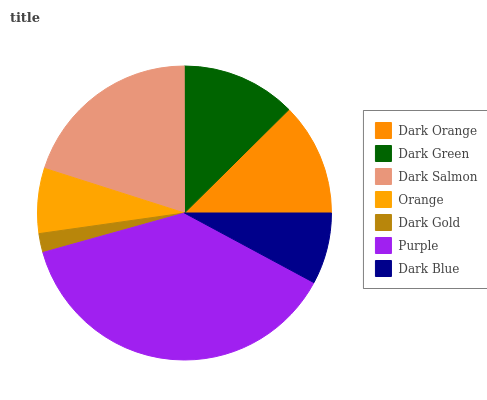
| Dark Orange | Dark Green | Dark Salmon | Orange | Dark Gold | Purple | Dark Blue |
 | --- | --- | --- | --- | --- | --- | --- |
 | 12.4% | 12.6% | 20% | 7.14% | 2.08% | 37.9% | 7.84% |